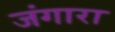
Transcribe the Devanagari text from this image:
जंगारा